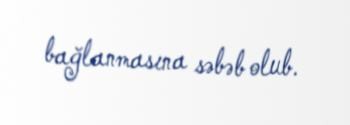
bağlanmasına səbəb olub.